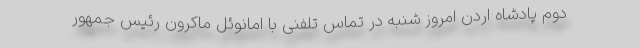
دوم پادشاه اردن امروز شنبه در تماس تلفنی با امانوئل ماکرون رئیس جمهور